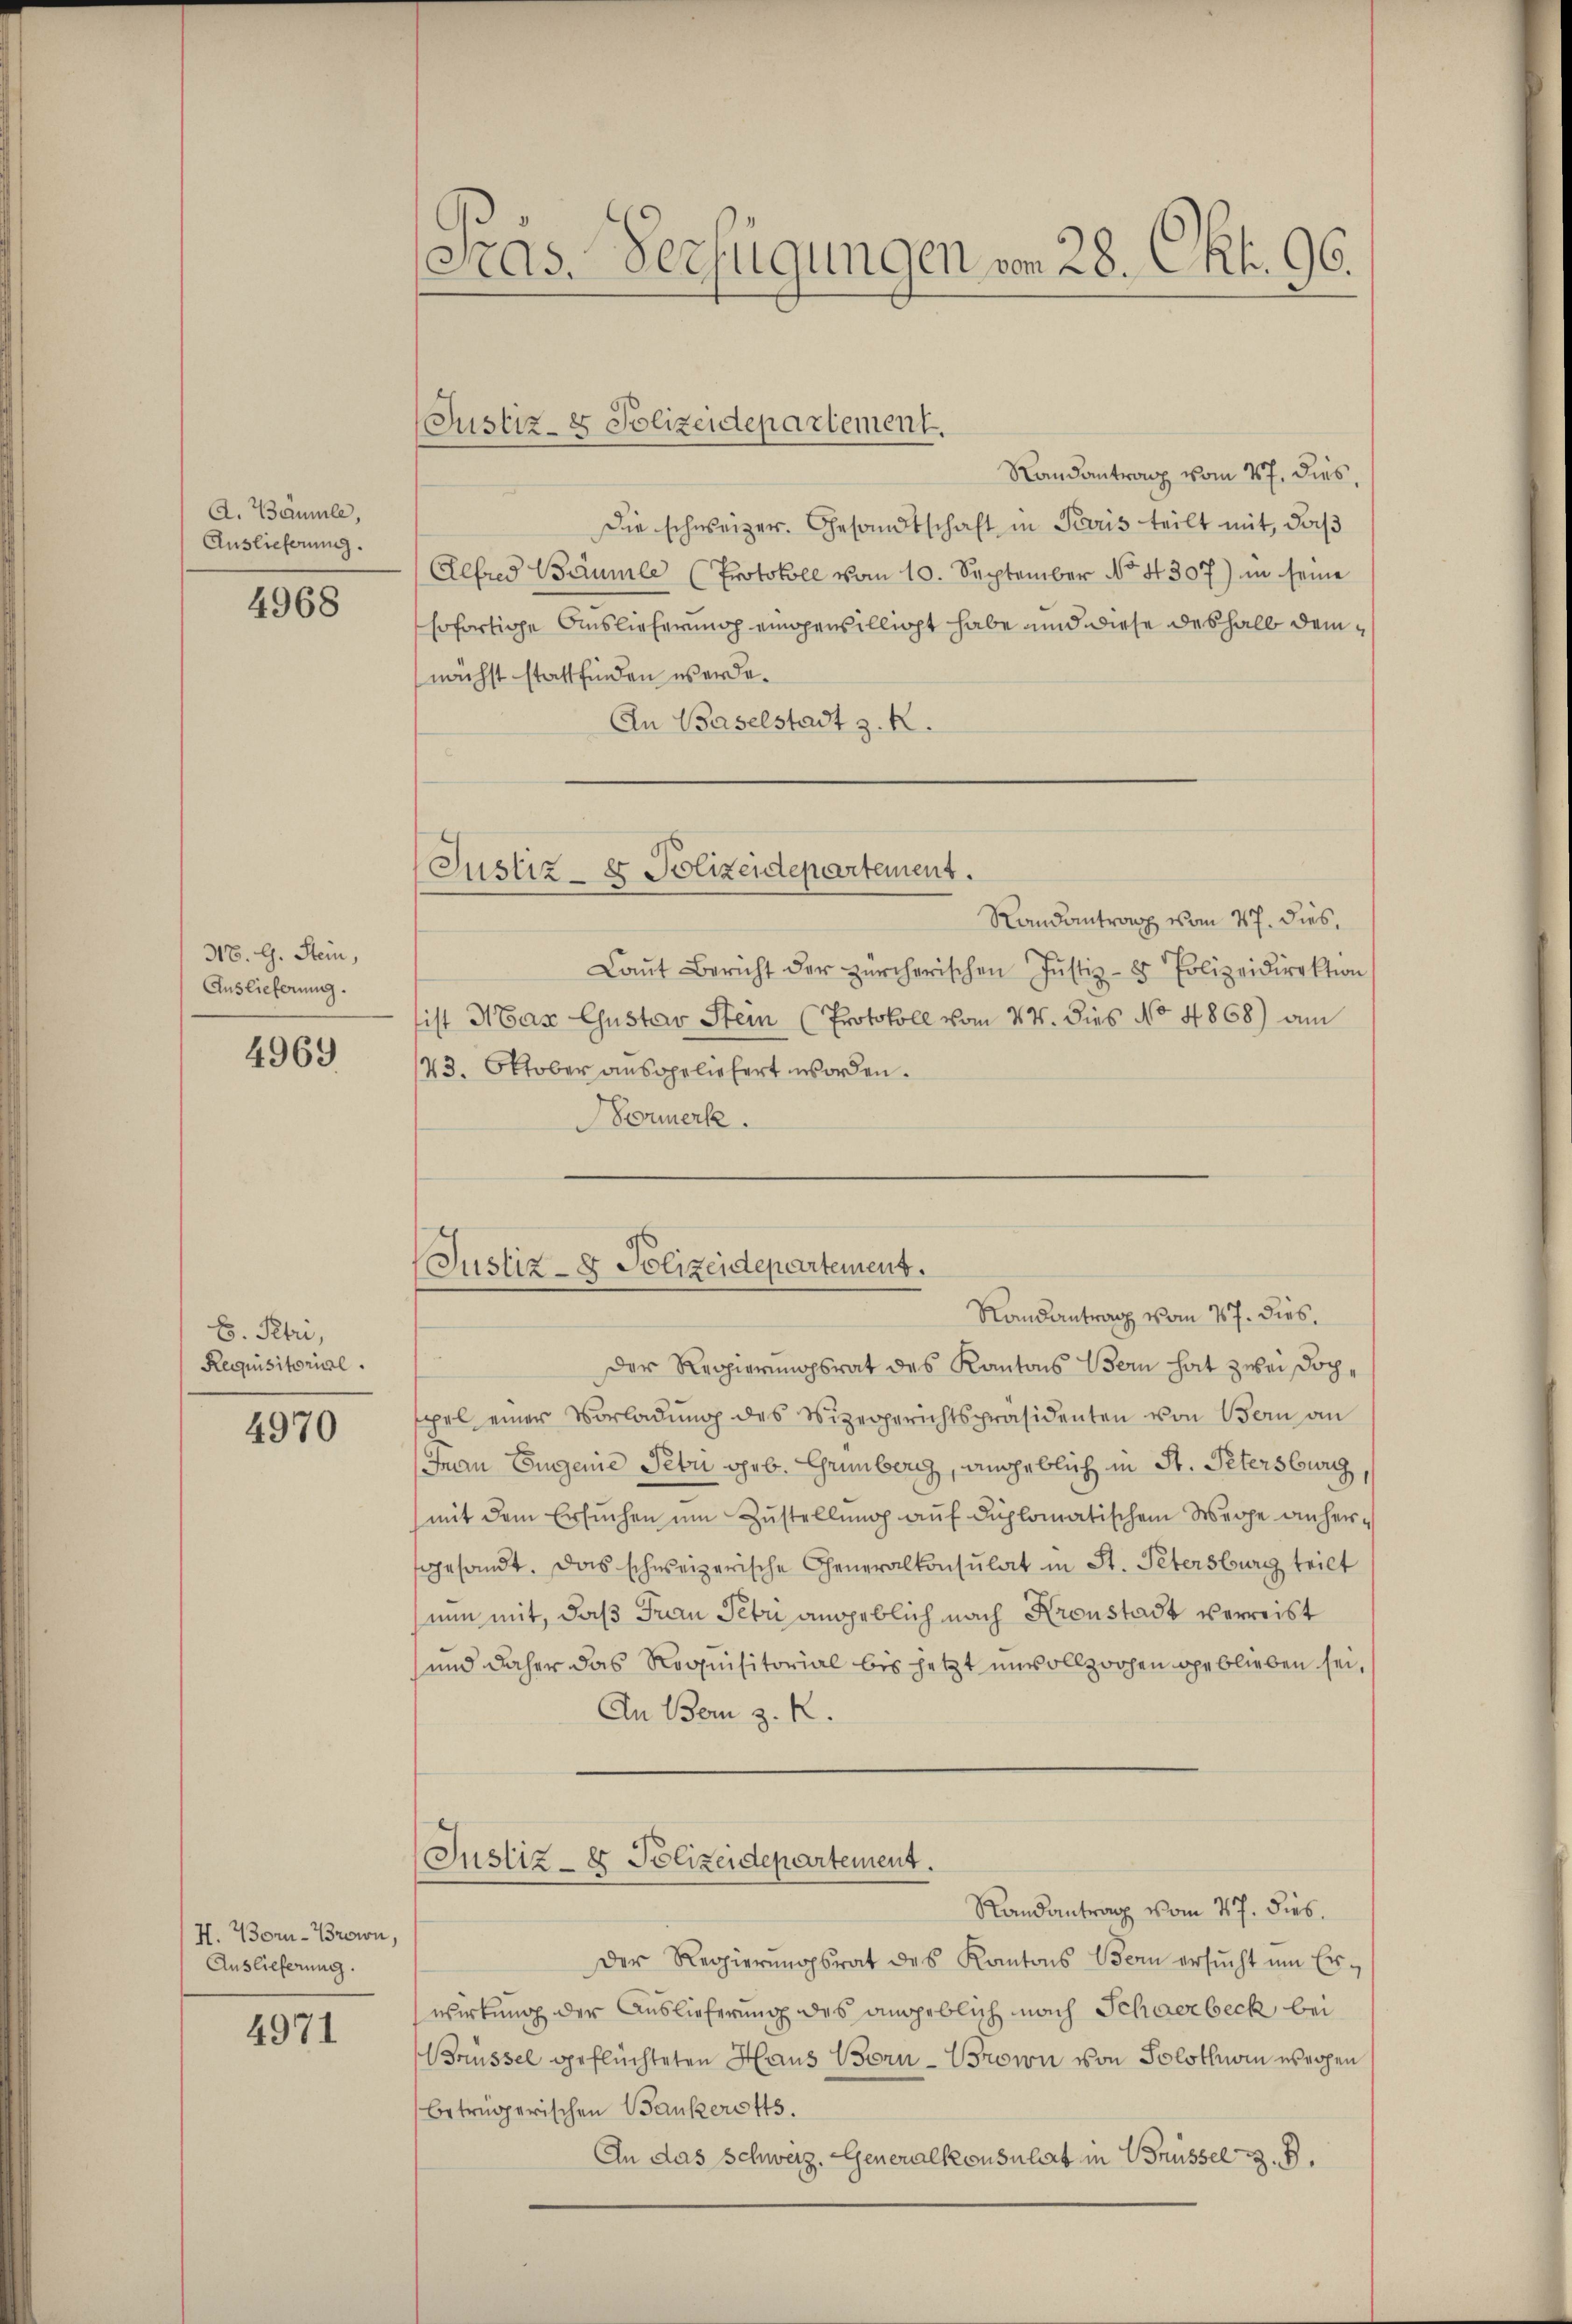
A. Bäumle,
Auslieferung.

4968

318. G. Stein,
Auslieferung.

4969

B. Petri,
Requisitorial.

4970

H. Born-Brown,
Auslieferung.

4971

Präs. Verfügungen vom 28. Okt. 96.

Randantrag vom 27. dies,
Die schweizer. Gesandtschaft in Paris teilt mit, daß
Alfred Bäumle (Protokoll vom 10. September No. 4307) in seine
sofortige Auslieferung eingewillicht habe und diese deshalb demnächst stattfinden werde.
An Baselstadt z. R.
Justiz- & Polizeidepartement.
Randantrag vom 27. dies,
Laŭt Bericht der zürcherischen Justiz- & Polizeidirektion
ist Max Gustav Stein (Protokoll vom 24. dies No 4868) am
143. Oktober ausgeliefert worden.
Normerk

Justiz- & Polizeidepartement.

(Justiz- & Polizeidepartement.
Randantrag vom 27. dies

Der Regierungsrat des Kantons Bern hat zwei Dochpel einer Vorladŭng des Vizeggerichtspräsidenten von Bern an
Juan Eugenie Febri geb. Grünberg, angeblich in St. Petersburg
mit dem Ersuchen um Zustellung auf diplomatischem Wege anhergesandt. Das schweizerische Generalkonsulat in St. Petersburg teilt
nun mit, daß Frau Petri angeblich nach Kronstadt verreist
und daher das Requisitorial bis jetzt unvollzogen geblieben sei,
An Bern z. R.
(Justiz- & Polizeidepartement.
Randantrag vom 17. dies.
Der Regierungsrat des Kantons Bern ersŭcht um Erwirkung der Auslieferung des angeblich nach Schwerbeck bei
Brüssel geflüchteten Haus Born-Brown von Solothurm verzen
betrügerischen Bankerotts.
An das Schweiz. Generalkonsulat in Brüssel z. B.